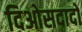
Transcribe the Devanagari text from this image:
दिओसदादो